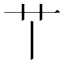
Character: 𦫳